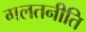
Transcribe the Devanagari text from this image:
गलतनीति